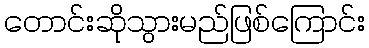
တောင်းဆိုသွားမည်ဖြစ်ကြောင်း